NAE_EAOK_eestikeelsed_sunnimeetrikad, lk 149
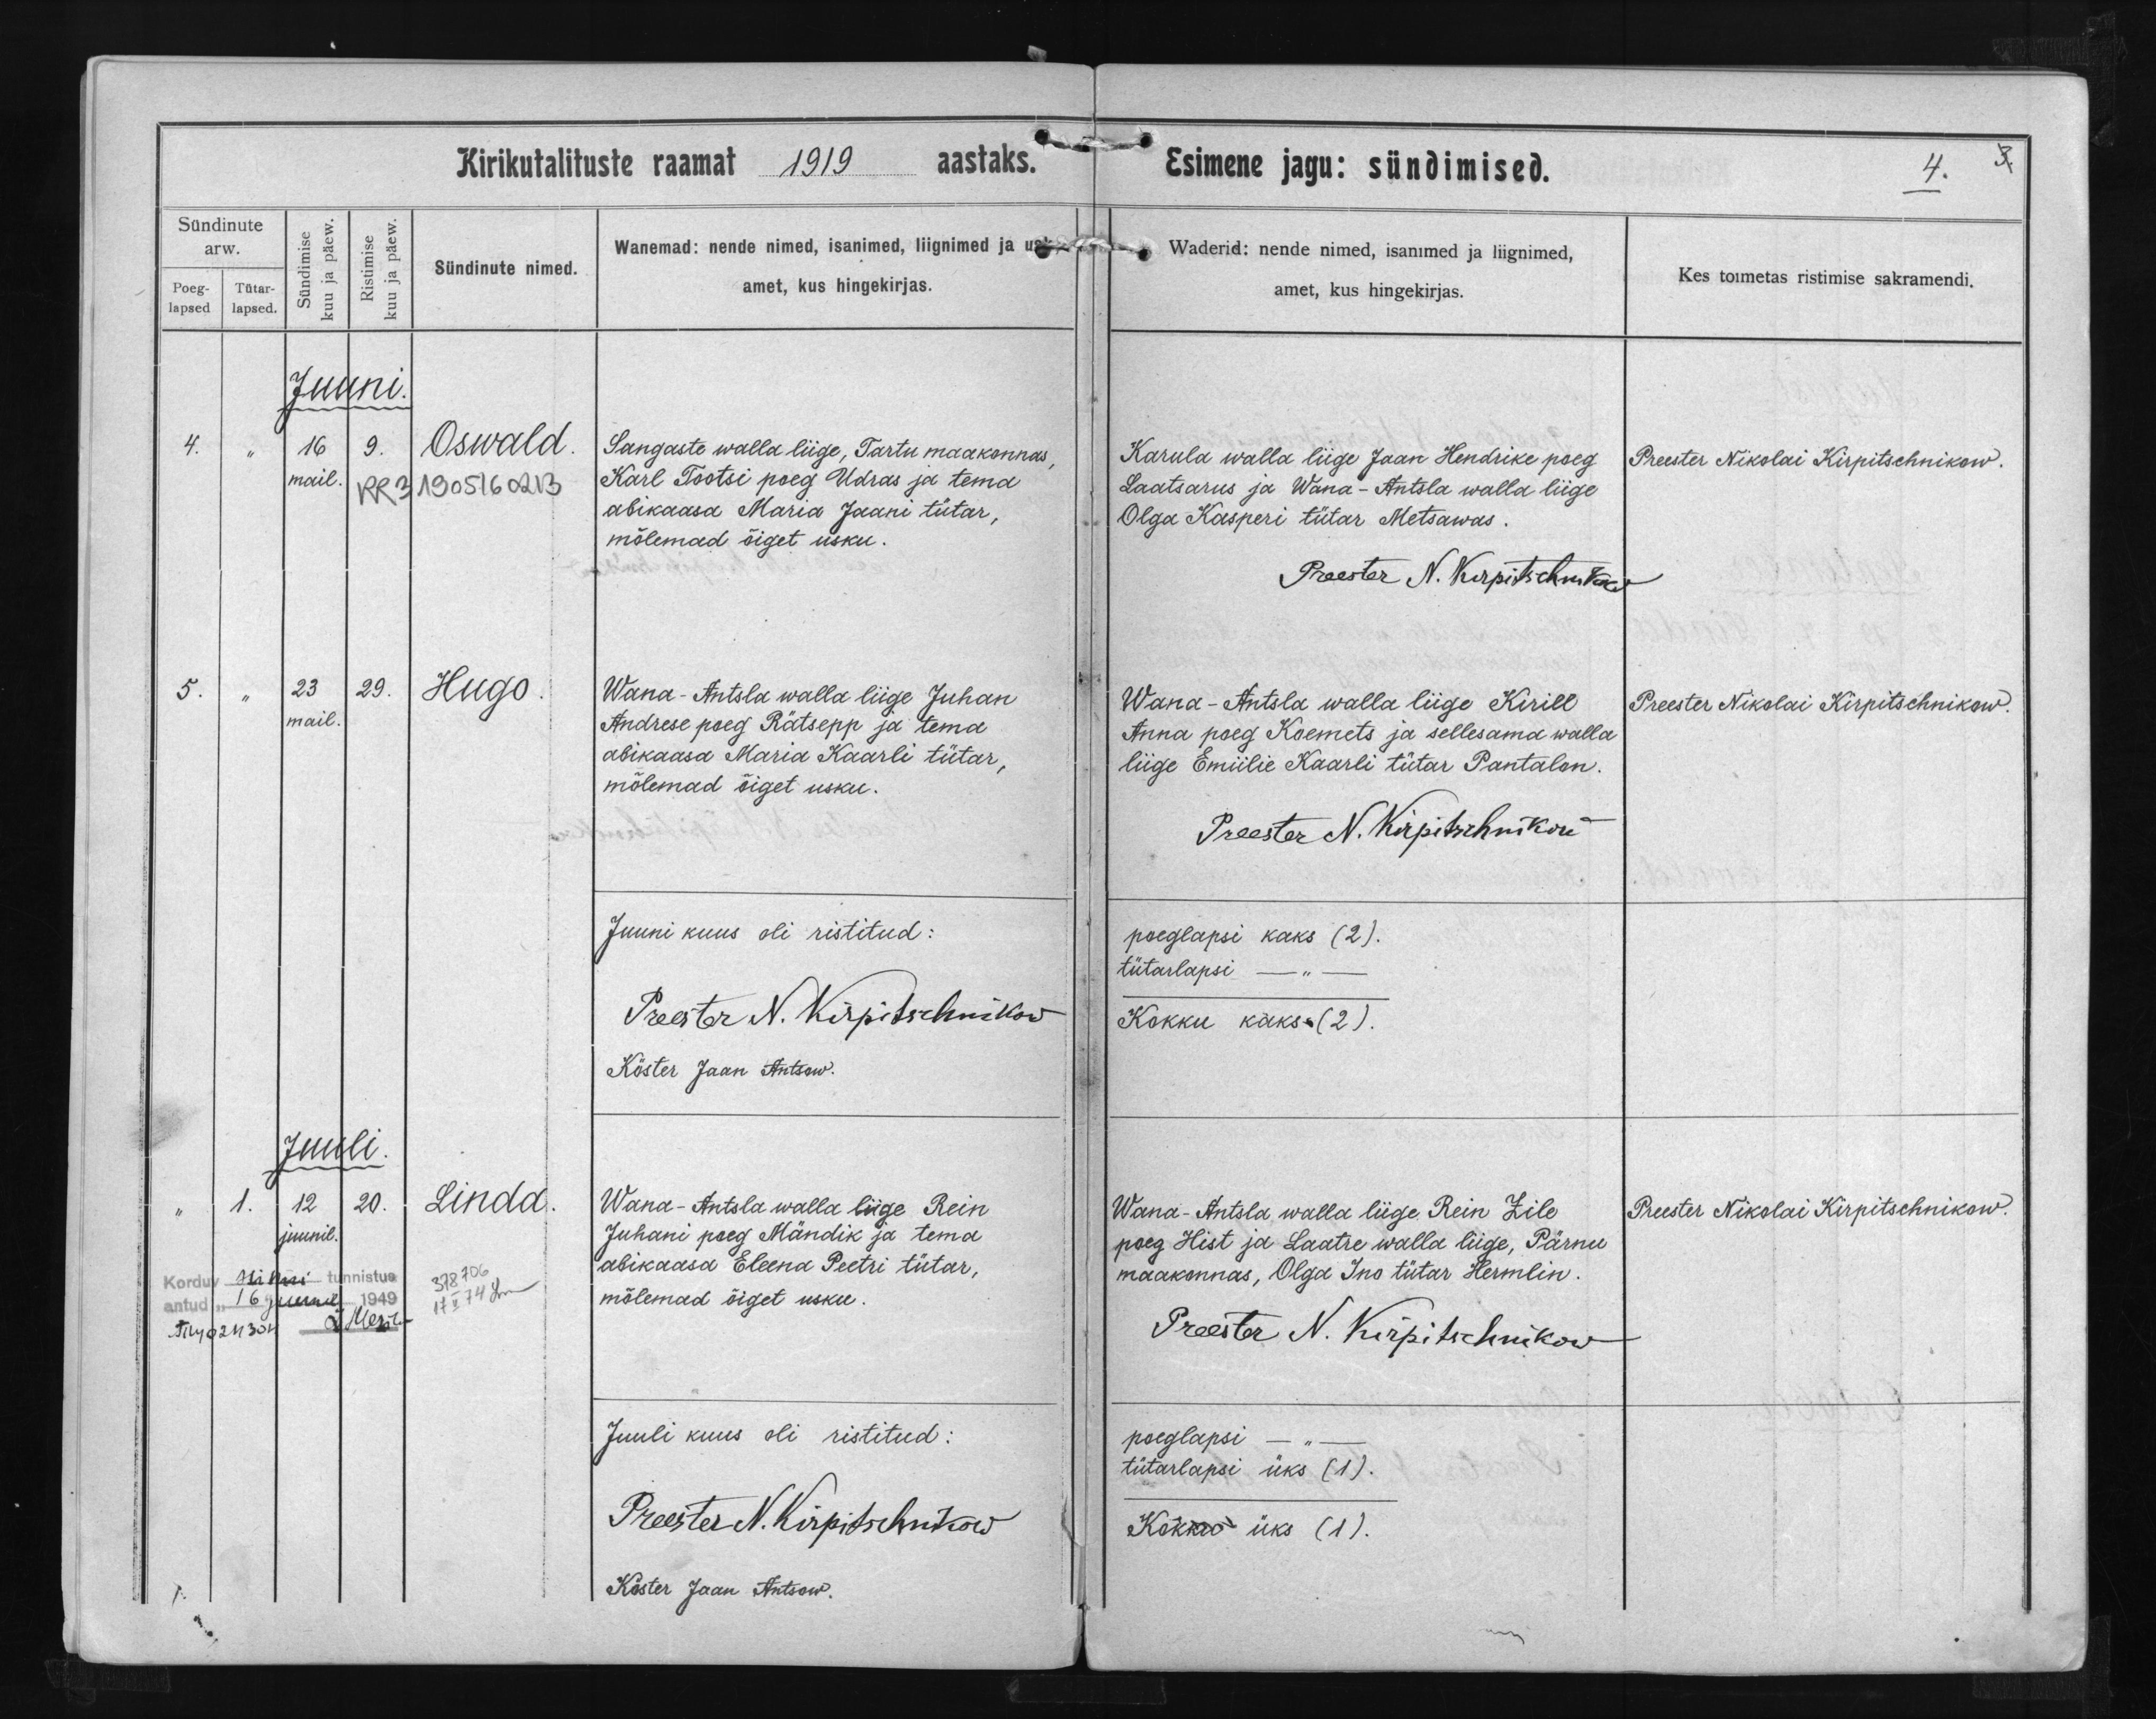
Oswald

Hugo

Linda

Sangaste walla liige, Tartu maakonnas,
Karl Tootsi poeg Udras ja tema
abikaasa Maria Jaani tütar,
mõlemad õiget usku.

Wana-Antsla walla liige Juhan
Andrese poeg Rätsepp ja tema
abikaasa Maria Kaarli tütar,
mõlemad õiget usku.

Wana-Antsla walla liige Rein
Juhani poeg Mändik ja tema
abikaasa Eleena Peetri tütar,
mõlemad õiget usku.